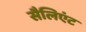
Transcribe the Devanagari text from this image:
सैलिएंट